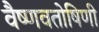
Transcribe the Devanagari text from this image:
वैष्णवतोषिणी